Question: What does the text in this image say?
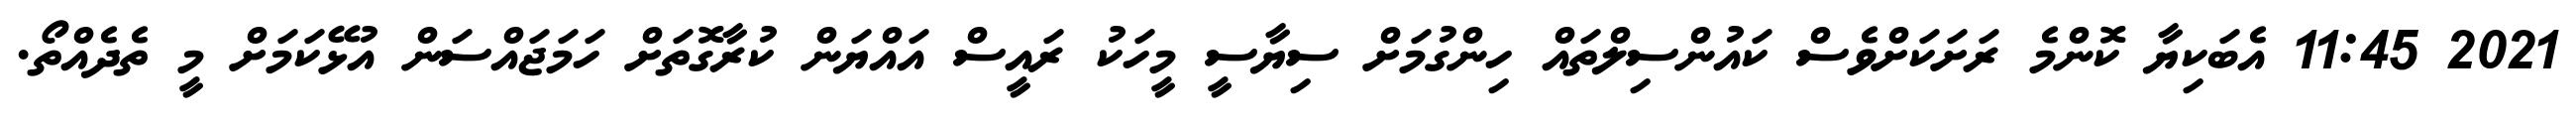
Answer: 2021 11:45 އެބަކިޔާ ކޮންމެ ރަށަކަށްވެސް ކައުންސިލްތައް ހިންގުމަށް ސިޔާސީ މީހަކު ރައީސް އައްޔަން ކުރާގޮތަށް ހަމަޖައްސަން އުޅޭކަމަށް މީ ތެދެއްތޯ.